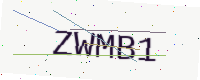
Text: ZWMB1